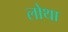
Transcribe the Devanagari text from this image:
लोथा